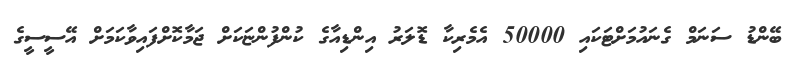
ބޭންޑު ސަނަމް ގެނައުމަށްޓަކައި 50000 އެމެރިކާ ޑޮލަރު އިންޑިއާގެ ކުންފުންޏަކަށް ޖަމާކޮށްފައިވާކަމަށް އޭސީސީގެ